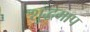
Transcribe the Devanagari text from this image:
शुद्धमाप